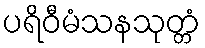
ပရိဝီမံသနသုတ္တံ